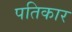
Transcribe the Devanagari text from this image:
पतिकार